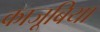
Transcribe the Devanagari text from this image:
काजूबिया